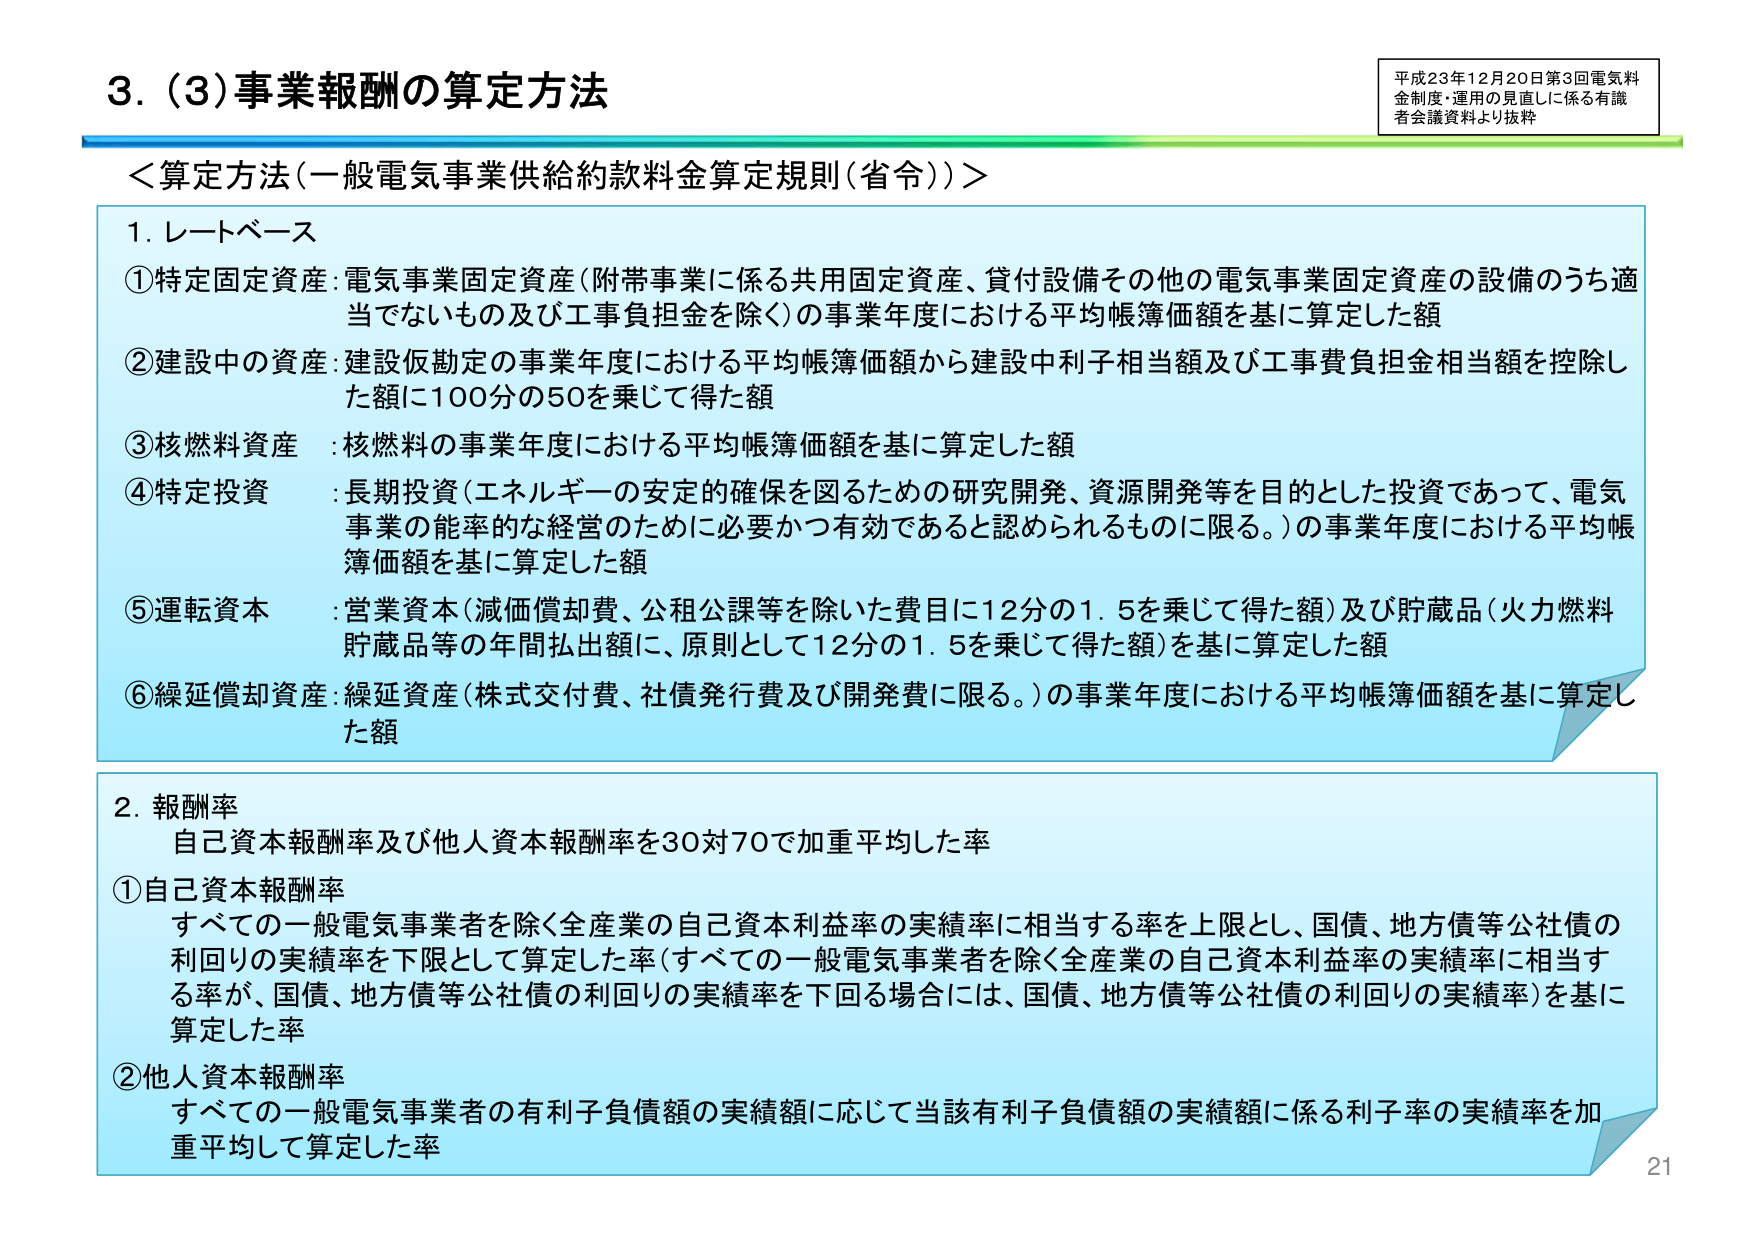
3. (3)事業報酬の算定方法

＜算定方法（一般電気事業供給約款料金算定規則（省令））＞

1. レートベース
①特定固定資産：電気事業固定資産（附帯事業に係る共用固定資産、貸付設備その他の電気事業固定資産の設備のうち適当でないもの及び工事負担金を除く）の事業年度における平均帳簿価額を基に算定した額
②建設中の資産：建設仮勘定の事業年度における平均帳簿価額から建設中利子相当額及び工事費負担金相当額を控除した額に100分の50を乗じて得た額
③核燃料資産：核燃料の事業年度における平均帳簿価額を基に算定した額
④特定投資：長期投資（エネルギーの安定的確保を図るための研究開発、資源開発等を目的とした投資であって、電気事業の能率的な経営のために必要かつ有効であると認められるものに限る。）の事業年度における平均帳簿価額を基に算定した額
⑤運転資本：営業資本（減価償却費、公租公課等を除いた費目に12分の1.5を乗じて得た額）及び貯蔵品（火力燃料貯蔵品等の年間払出額に、原則として12分の1.5を乗じて得た額）を基に算定した額
⑥繰延償却資産：繰延資産（株式交付費、社債発行費及び開発費に限る。）の事業年度における平均帳簿価額を基に算定した額

2. 報酬率
自己資本報酬率及び他人資本報酬率を30対70で加重平均した率
①自己資本報酬率
すべての一般電気事業者を除く全産業の自己資本利益率の実績率に相当する率を上限とし、国債、地方債等公社債の利回りの実績率を下限として算定した率（すべての一般電気事業者を除く全産業の自己資本利益率の実績率に相当する率が、国債、地方債等公社債の利回りの実績率を下回る場合には、国債、地方債等公社債の利回りの実績率）を基に算定した率
②他人資本報酬率
すべての一般電気事業者の有利子負債額の実績額に応じて当該有利子負債額の実績額に係る利子率の実績率を加重平均して算定した率

平成23年12月20日第3回電気料金制度・運用の見直しに係る有識者会議資料より抜粋

21